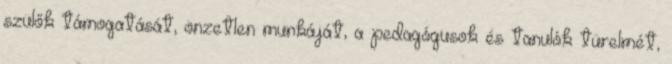
szülők támogatását, önzetlen munkáját, a pedagógusok és tanulók türelmét,